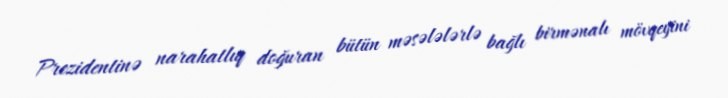
Prezidentinə narahatlıq doğuran bütün məsələlərlə bağlı birmənalı mövqeyini